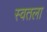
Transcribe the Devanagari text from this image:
स्वतला